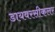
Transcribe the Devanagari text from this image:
डायवरसीकलर